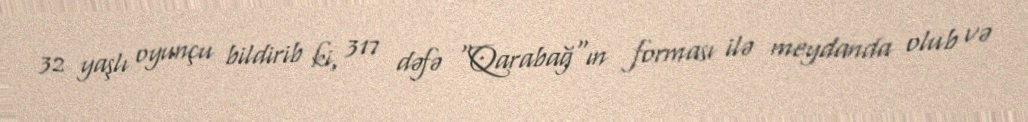
32 yaşlı oyunçu bildirib ki, 317 dəfə "Qarabağ"ın forması ilə meydanda olub və